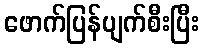
ဖောက်ပြန်ပျက်စီးပြီး